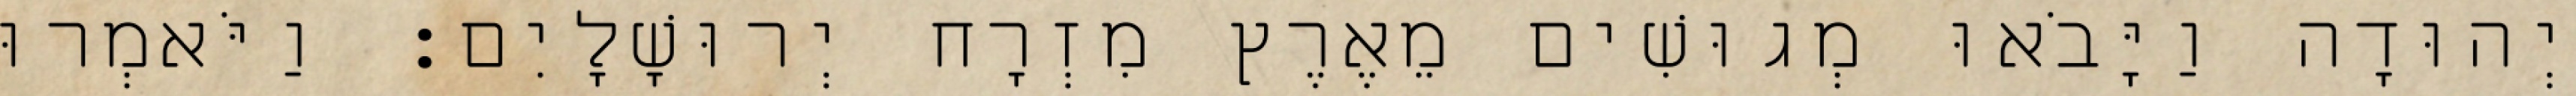
יְהוּדָה וַיָּבֹאוּ מְגוּשִׁים מֵאֶרֶץ מִזְרָח יְרוּשָׁלָיִם׃ וַיֹּאמְרוּ